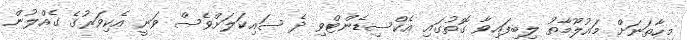
މިހާތަނަށް މައުލޫމާތު ލިބިފައިވާ ގޮތުގައި އެކްސިޑެންޓްވި ދެ ސައިކަލަށްވެސް ވަނީ އެކިވަރުގެ ގެއްލުން